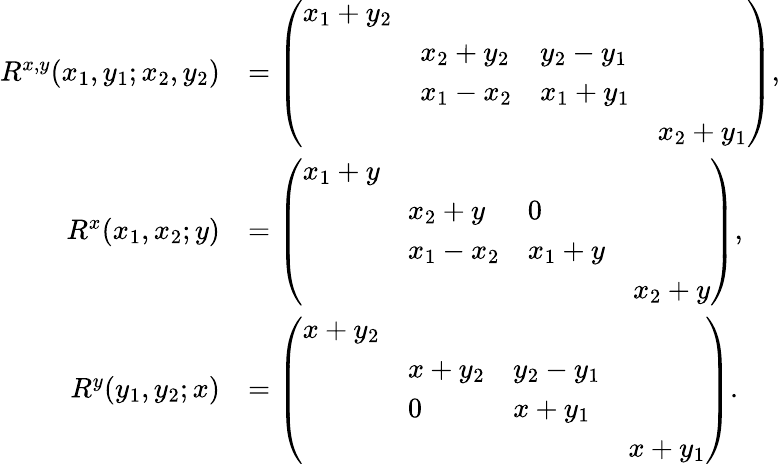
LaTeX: \begin{array}{rl}{R^{x,y}(x_{1},y_{1};x_{2},y_{2})}&{=\left(\begin{array}{llll}{x_{1}+y_{2}}&&&\\ &{x_{2}+y_{2}}&{y_{2}-y_{1}}&\\ &{x_{1}-x_{2}}&{x_{1}+y_{1}}&\\ &&&{x_{2}+y_{1}}\end{array}\right),}\\ {R^{x}(x_{1},x_{2};y)}&{=\left(\begin{array}{llll}{x_{1}+y}&&&\\ &{x_{2}+y}&{0}&\\ &{x_{1}-x_{2}}&{x_{1}+y}&\\ &&&{x_{2}+y}\end{array}\right),}\\ {R^{y}(y_{1},y_{2};x)}&{=\left(\begin{array}{llll}{x+y_{2}}&&&\\ &{x+y_{2}}&{y_{2}-y_{1}}&\\ &{0}&{x+y_{1}}&\\ &&&{x+y_{1}}\end{array}\right).}\end{array}